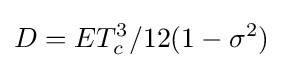
D=ET_{c}^{3}/12(1-\sigma ^{2})